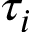
\tau _ { i }